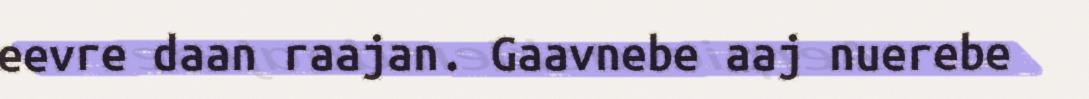
eevre daan raajan. Gaavnebe aaj nuerebe